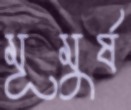
মূমুর্ষ